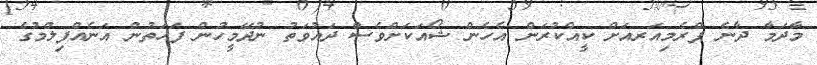
މާދަމާ ދާނެ ޕްރެމިއަރއަށް ކީއްކުރަން އެހެން ޝޯއަކަށްވެސް ދައުވަތު ނުދޭމީހުން ފަހަތުން އަނެއްފިލްމުގެ